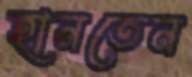
হানতেন